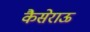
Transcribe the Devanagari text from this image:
कैसेराऊ